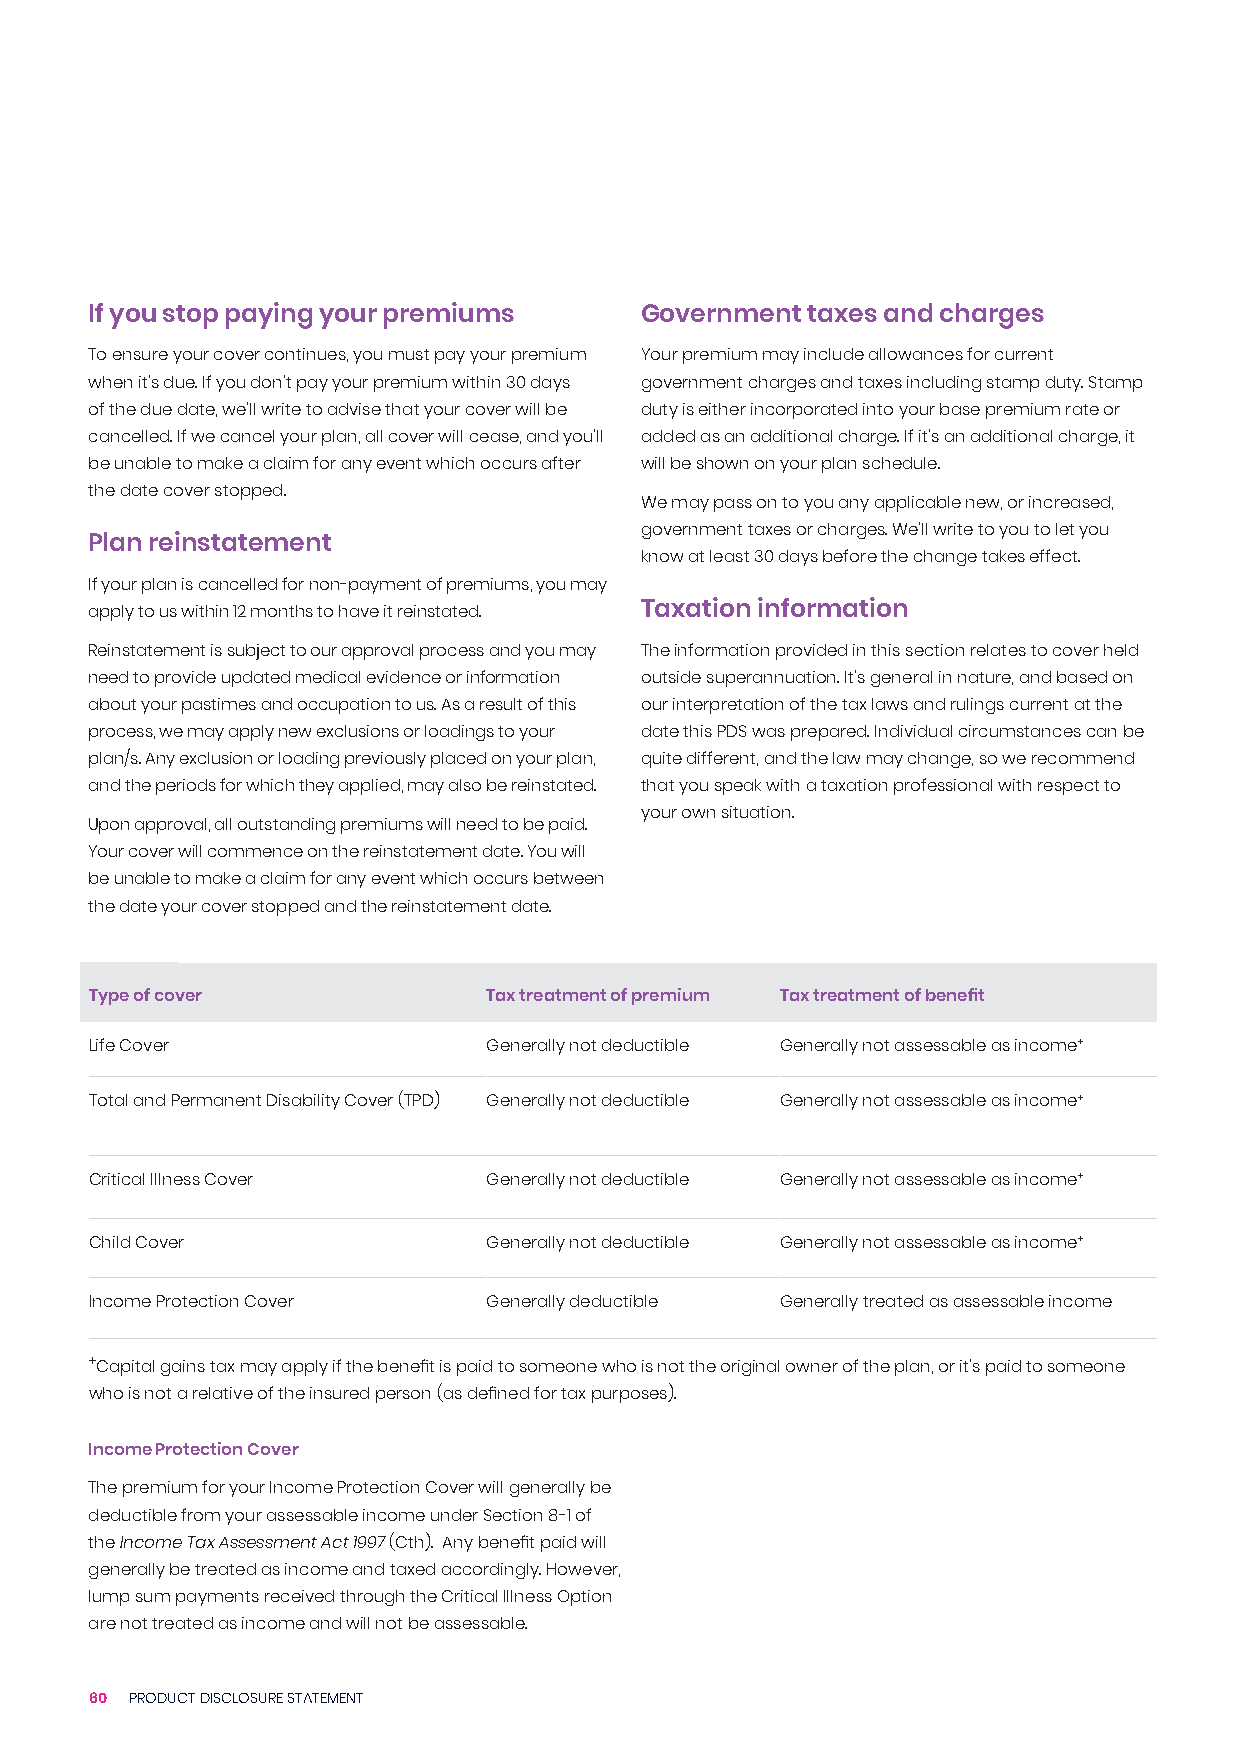
If you stop paying your premiums    Government taxes and charges
 To ensure your cover continues, you must pay your premium Your premium may include allowances for current
 when it’s due. If you don’t pay your premium within 30 days government charges and taxes including stamp duty. Stamp
 of the due date, we’ll write to advise that your cover will be duty is either incorporated into your base premium rate or
 cancelled. If we cancel your plan, all cover will cease, and you’ll added as an additional charge. If it’s an additional charge, it
 be unable to make a claim for any event which occurs after will be shown on your plan schedule.
 the date cover stopped.
 We may pass on to you any applicable new, or increased,
 government taxes or charges. We’ll write to you to let you
 Plan reinstatement
 know at least 30 days before the change takes effect.
 If your plan is cancelled for non-payment of premiums, you may
 apply to us within 12 months to have it reinstated. Taxation information
 Reinstatement is subject to our approval process and you may The information provided in this section relates to cover held
 need to provide updated medical evidence or information outside superannuation. It’s general in nature, and based on
 about your pastimes and occupation to us. As a result of this our interpretation of the tax laws and rulings current at the
 process, we may apply new exclusions or loadings to your date this PDS was prepared. Individual circumstances can be
 plan/s. Any exclusion or loading previously placed on your plan, quite different, and the law may change, so we recommend
 and the periods for which they applied, may also be reinstated. that you speak with a taxation professional with respect to
 your own situation.
 Upon approval, all outstanding premiums will need to be paid.
 Your cover will commence on the reinstatement date. You will
 be unable to make a claim for any event which occurs between
 the date your cover stopped and the reinstatement date.
 Type of cover             Tax treatment of premium Tax treatment of benefit
 Life Cover                Generally not deductible Generally not assessable as income+
 Total and Permanent Disability Cover (TPD) Generally not deductible Generally not assessable as income+
 Critical Illness Cover    Generally not deductible Generally not assessable as income+
 Child Cover               Generally not deductible Generally not assessable as income+
 Income Protection Cover   Generally deductible Generally treated as assessable income
 +Capital gains tax may apply if the benefit is paid to someone who is not the original owner of the plan, or it’s paid to someone
 who is not a relative of the insured person (as defined for tax purposes).
 Income Protection Cover
 The premium for your Income Protection Cover will generally be
 deductible from your assessable income under Section 8-1 of
 the Income Tax Assessment Act 1997 (Cth). Any benefit paid will
 generally be treated as income and taxed accordingly. However,
 lump sum payments received through the Critical Illness Option
 are not treated as income and will not be assessable.
 60 PRODUCT DISCLOSURE STATEMENT